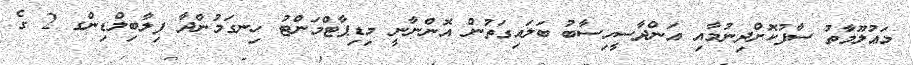
މަޢުލޫމާތު ސާފުކޮށްދިނުމާއި އަންދާސީހިސާބު ބަލައިގަތުން އޮންނާނީ މިޑިޕާޓްމަންޓު ހިނގަމުންދާ ފިލާބިލްޑިންގ 2 ގެ